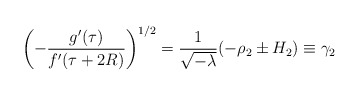
\begin{align*} \left(-\frac{g'(\tau)}{f'(\tau+2R)}\right)^{1/2} = \frac{1}{\sqrt{-\lambda}}(-\rho_2\pm H_2)\equiv \gamma_2\end{align*}